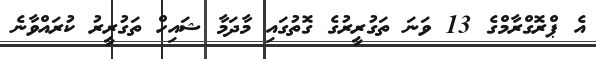
އެ ޕްރޮގްރާމްގެ 13 ވަނަ ތަގުރީރުގެ ގޮތުގައި މާދަމާ ޝައިހް ތަގުރީރު ކުރައްވާނެ